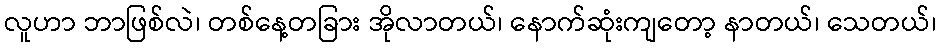
လူဟာ ဘာဖြစ်လဲ၊ တစ်နေ့တခြား အိုလာတယ်၊ နောက်ဆုံးကျတော့ နာတယ်၊ သေတယ်၊